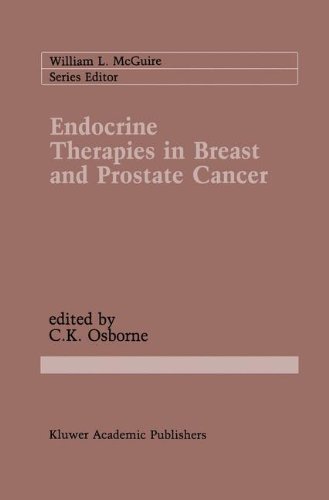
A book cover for Endocrine Therapies in Breast and Prostate Cancer (Cancer Treatment and Research); Medical Books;